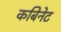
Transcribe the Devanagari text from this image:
कबिनेट